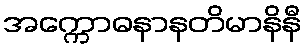
အက္ကောဓနာနတိမာနိနီ